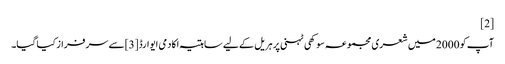
[2]
آپ کو 2000 میں شعری مجموعہ سوکھی ٹہنی پر ہریل کے لیے ساہتیہ اکادمی ایوارڈ [3]سے سرفراز کیا گیا۔